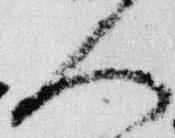
人